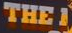
THE 1